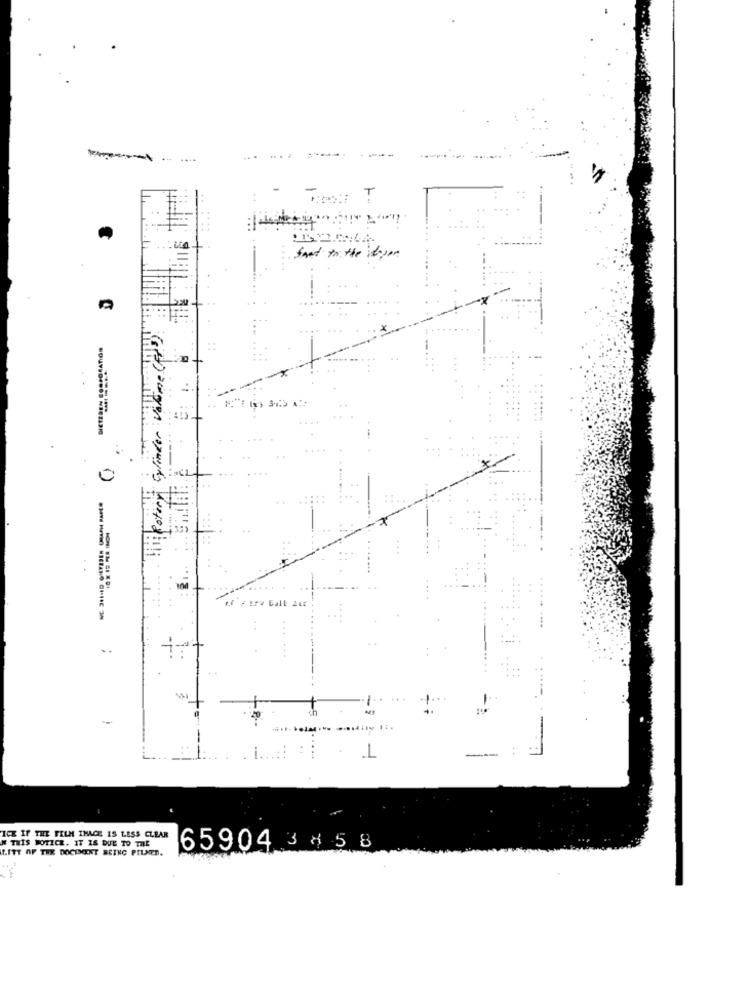
History Cylinder Valome Cp)
×
CL
0
100
1.
ICK IF THE FELH IHACE IS LESS CLEAR
N THIS NOTICE. IT IS DUE TO THE
LITT OF THE DOCUMENT BEING PILNED.
65904 3 4 5 8